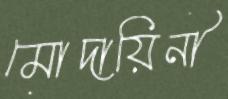
মোদায়িনী